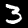
Digit: 3